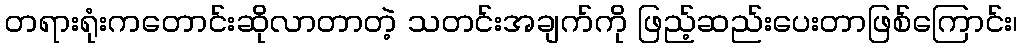
တရားရုံးကတောင်းဆိုလာတာတဲ့ သတင်းအချက်ကို ဖြည့်ဆည်းပေးတာဖြစ်ကြောင်း၊